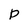
Character: p